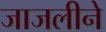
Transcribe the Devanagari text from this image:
जाजलीने